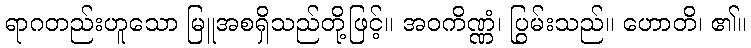
ရာဂတည်းဟူသော မြူအစရှိသည်တို့ဖြင့်။ အဝကိဏ္ဏံ၊ ပြွမ်းသည်။ ဟောတိ၊ ၏။